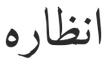
انظاره